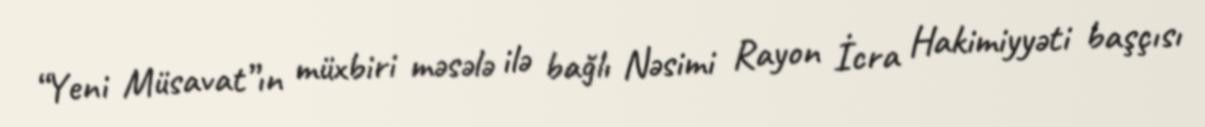
“Yeni Müsavat”ın müxbiri məsələ ilə bağlı Nəsimi Rayon İcra Hakimiyyəti başçısı